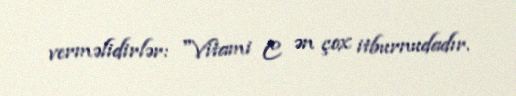
verməlidirlər: "Vitami C ən çox itburnudadır.